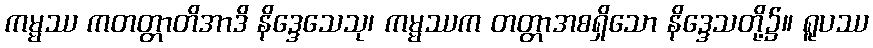
ကမ္မဿ ကတတ္တာတိအာဒိ နိဒ္ဒေသေသု၊ ကမ္မဿက တတ္တာအစရှိသော နိဒ္ဒေသတို့၌။ ရူပဿ